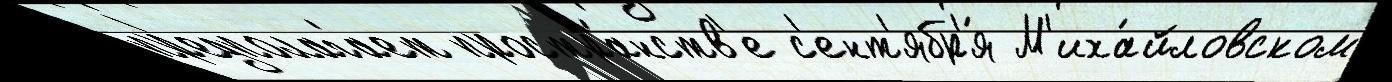
пр'едполага́ет простра́нств'е с'ент'ябр'я́ М'иха́йловском